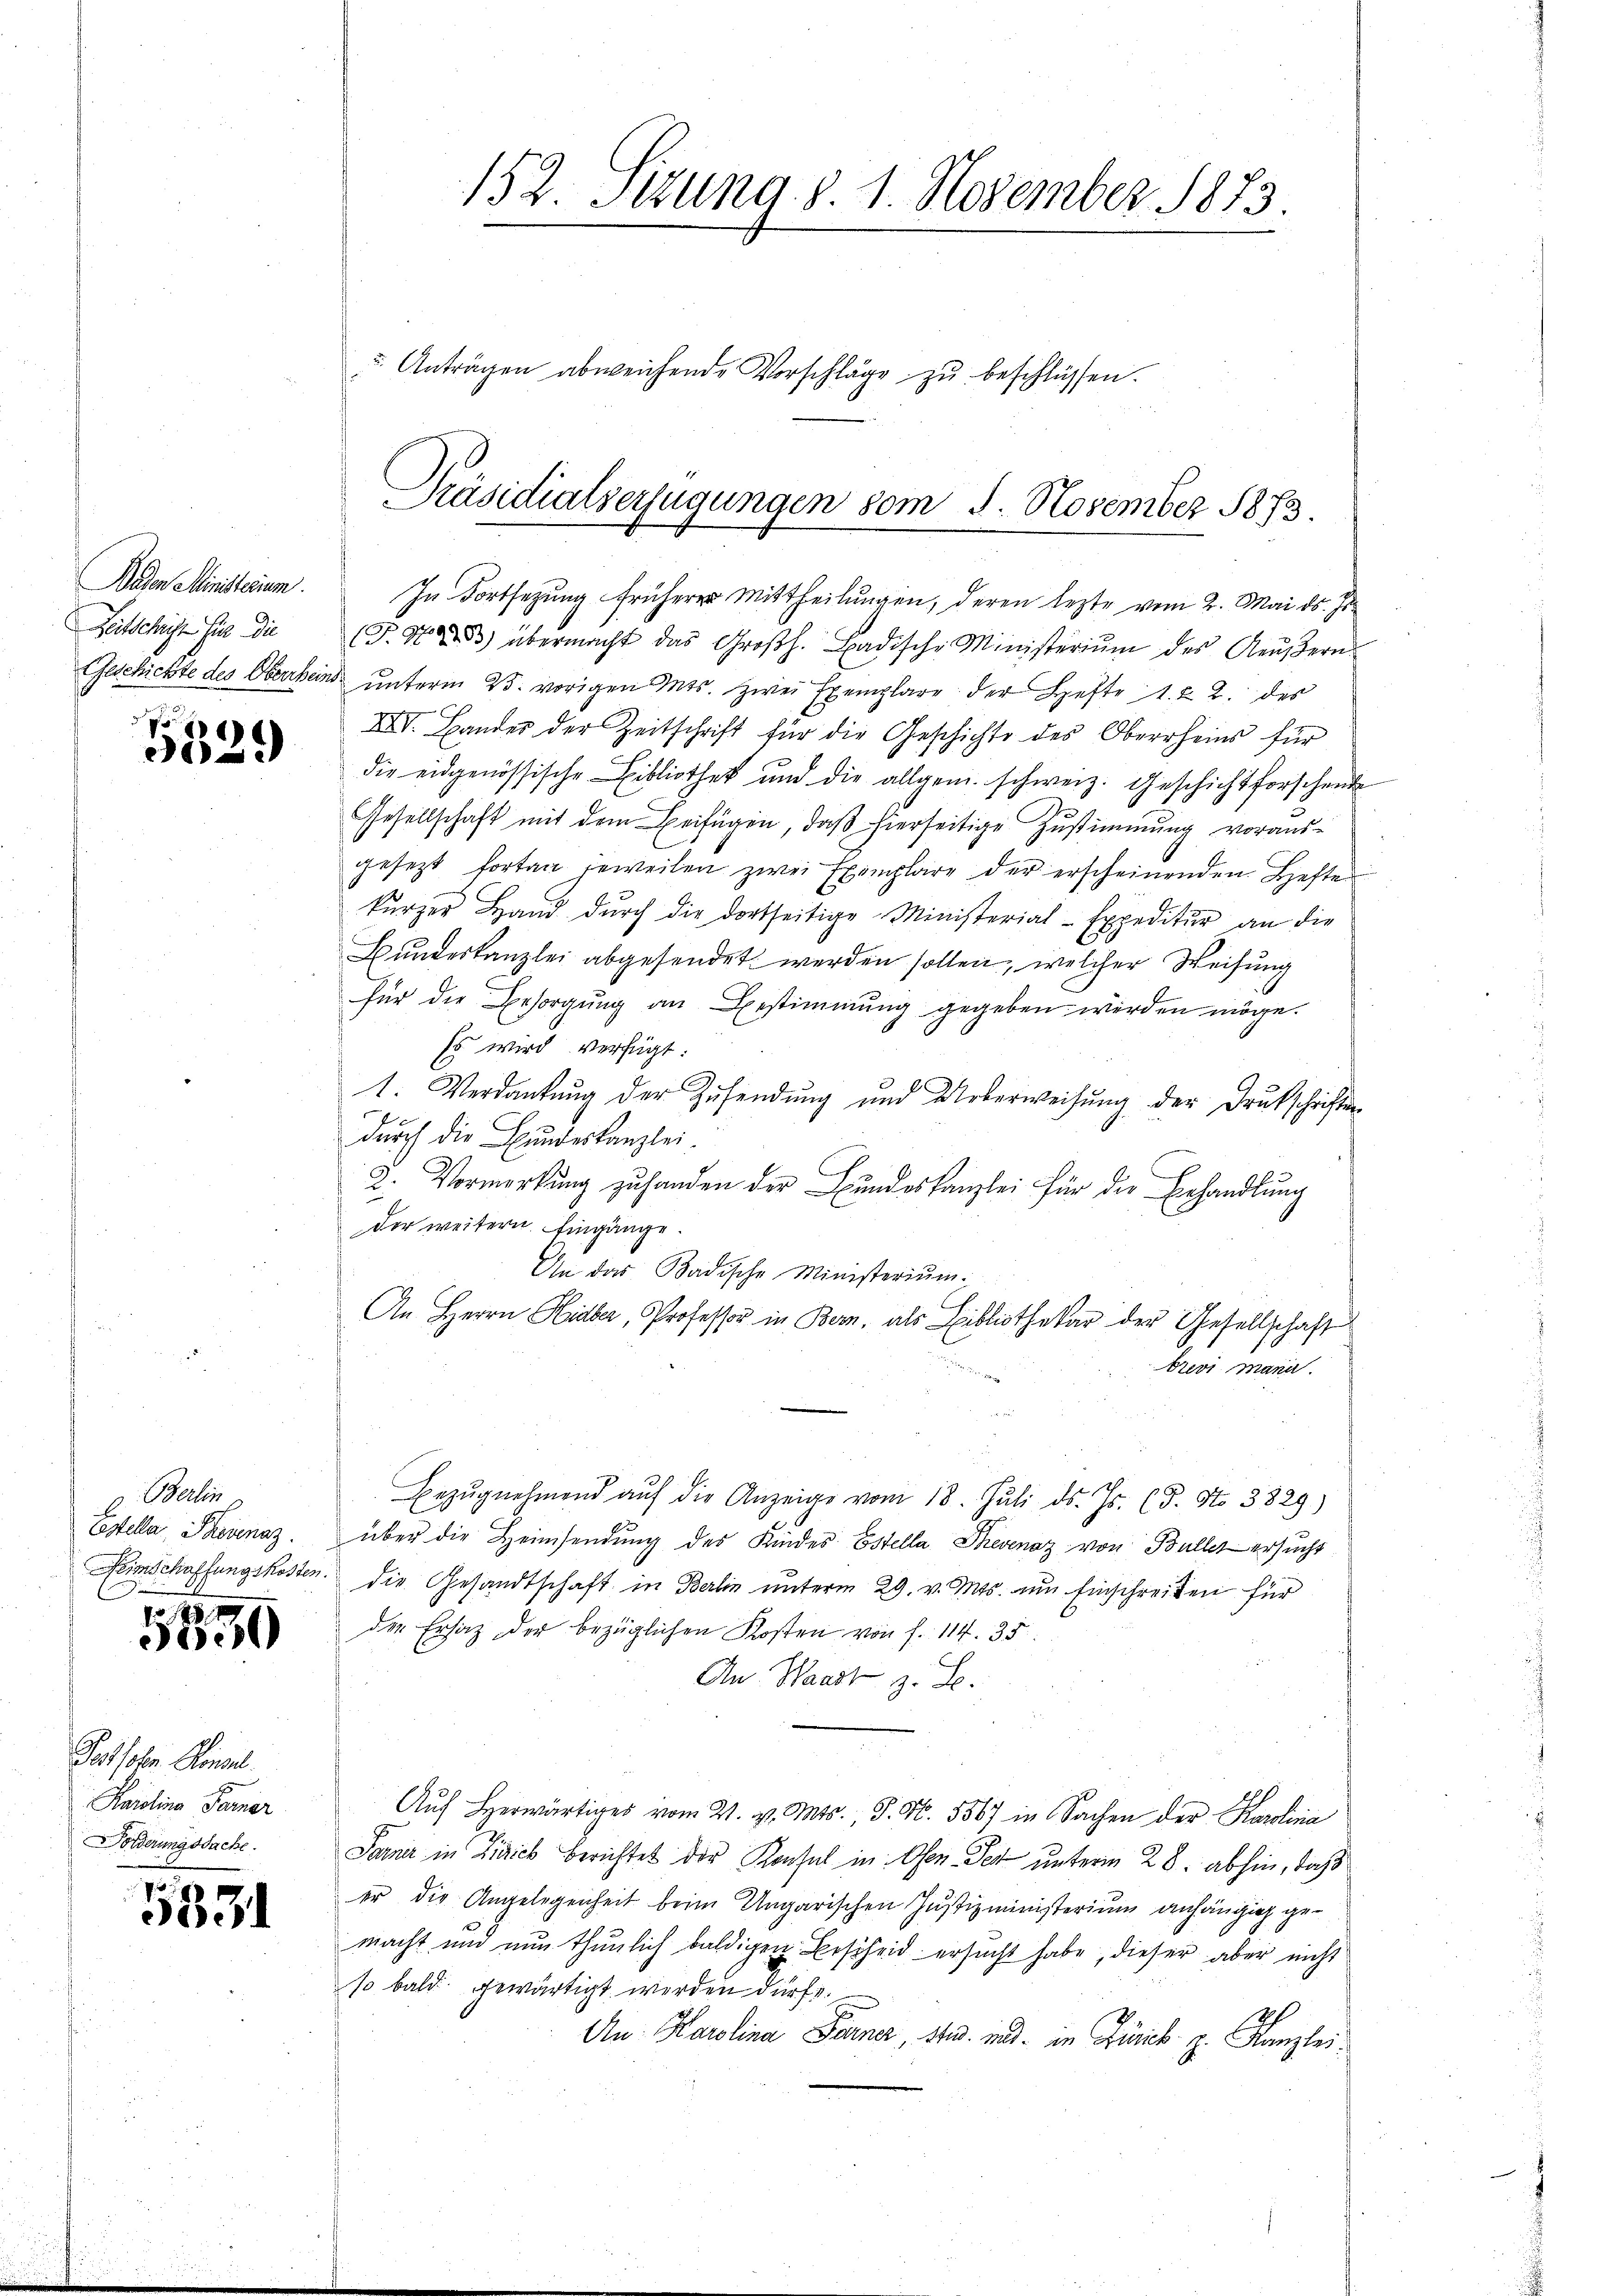
Baden Ministerium
Zeitschrift für die

e
e

g. Berlin
Cstella, Provenaz
1850

Persohn Klingel.
Karolina Ferner
Dörderungssache.

583

152. Szung d. 1. November 1873.

u. Anträgen abweichende Vorschläge zŭ beschlüssen.

Präsidialverfügungen vom 5. November 1873.

In Fortsetzung früherer Mittheilungen, deren lezte vom 2. Mai d. Js.
(J.Nr. 33) übermacht das Großh. Badische Ministeriŭm des Aeŭβern
Geschichte des Oberrheins ŭnterm 23. vorigen Mts. zwei Exemplare der Hefte 1. & 2. des
XVI. Bander der Zeitschrift für die Geschichte des Oberrheins für
die eidgenössische Bibliothek und die allgem. schweiz. Geschicht forschende
Gesellschaft mit dem Beifügen, daß hierseitige Zustimmung vorausgesetzt fortan jeweilen zwei Exemplare der erscheinenden Hefte
kürzer Hand dŭrch die dortseitige Ministerial-Expeditur an die
Bundeskanzlei abgesendet werden sollen, welcher Weisung
für die Besorgŭng an Bestimmung gegeben werden möge.
Es wird verfügt:
1. Verdankung der Zusendung und Ueberweisung der Drukschriften
dŭrch die Bundeskanzlei
2. Vormerkung zu handen der Bundeskanzlei für die Erhandlung
der weitern. Eingänge.
An das Badische Ministerium,
An Herrn Hidber, Professor in Bern, als Bibliothekar der Gesellschaft
brevi mana
Bezŭgnehmend aŭf die Anzeige vom 18. Juli d. Js. (T. No 3829)
über die Heimsendung des Kindes Estella Thesenaz von Büller ersucht
einschaffungskosten. Die Gesandtschaft in Berlin unterm 29. v. Mts. an Einschreiten für
der Ersatz der bezüglichen Kosten von f. 114. 35
An Waadt z. B.
Aŭf Herwärtiges vom 21. v. Mts. S. Nr. 5567 in Sachen der Karolina
Pani in Zürich berichtet der Konsul in Oser. Seit unterm 28. abhin, dass
er die Angelegenheit beim Ungarischen Justizministerium anhängig gemacht und nun thunlich baldigen Bescheid ersucht habe, dieser aber nicht
so bald gewärtigt werden dürfe.
An Karolina Ferner, St. und in Zürick z. Kanzlei